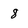
Character: 8